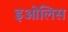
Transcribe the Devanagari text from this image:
इओलिस